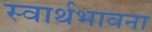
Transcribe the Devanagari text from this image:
स्वार्थभावना